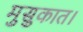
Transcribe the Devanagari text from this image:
मुसुकात।